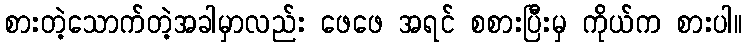
စားတဲ့သောက်တဲ့အခါမှာလည်း ဖေဖေ အရင် စစားပြီးမှ ကိုယ်က စားပါ။